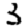
Digit: 3